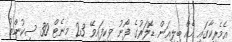
އެމެރިކާގައި އެއް ބިލިއަން ޑޮލަރުގެ ފޯނު ވިކިފައިވޭ 23 މިނެޓް 30 ސިކުންތު